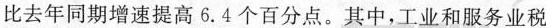
比去年同期增速提高6.4个百分点。其中，工业和服务业税